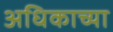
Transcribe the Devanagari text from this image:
अधिकाच्या